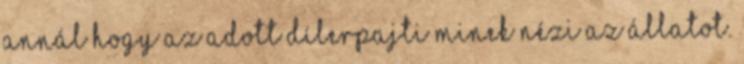
annál hogy az adott dílerpajti minek nézi az állatot.